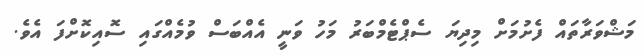
މަޝްވަރާތައް ފެށުމަށް މިދިޔަ ސެޕްޓެމްބަރު މަހު ވަނީ އެއްބަސް ވުމެއްގައި ސޮއިކޮށްފަ އެވެ.